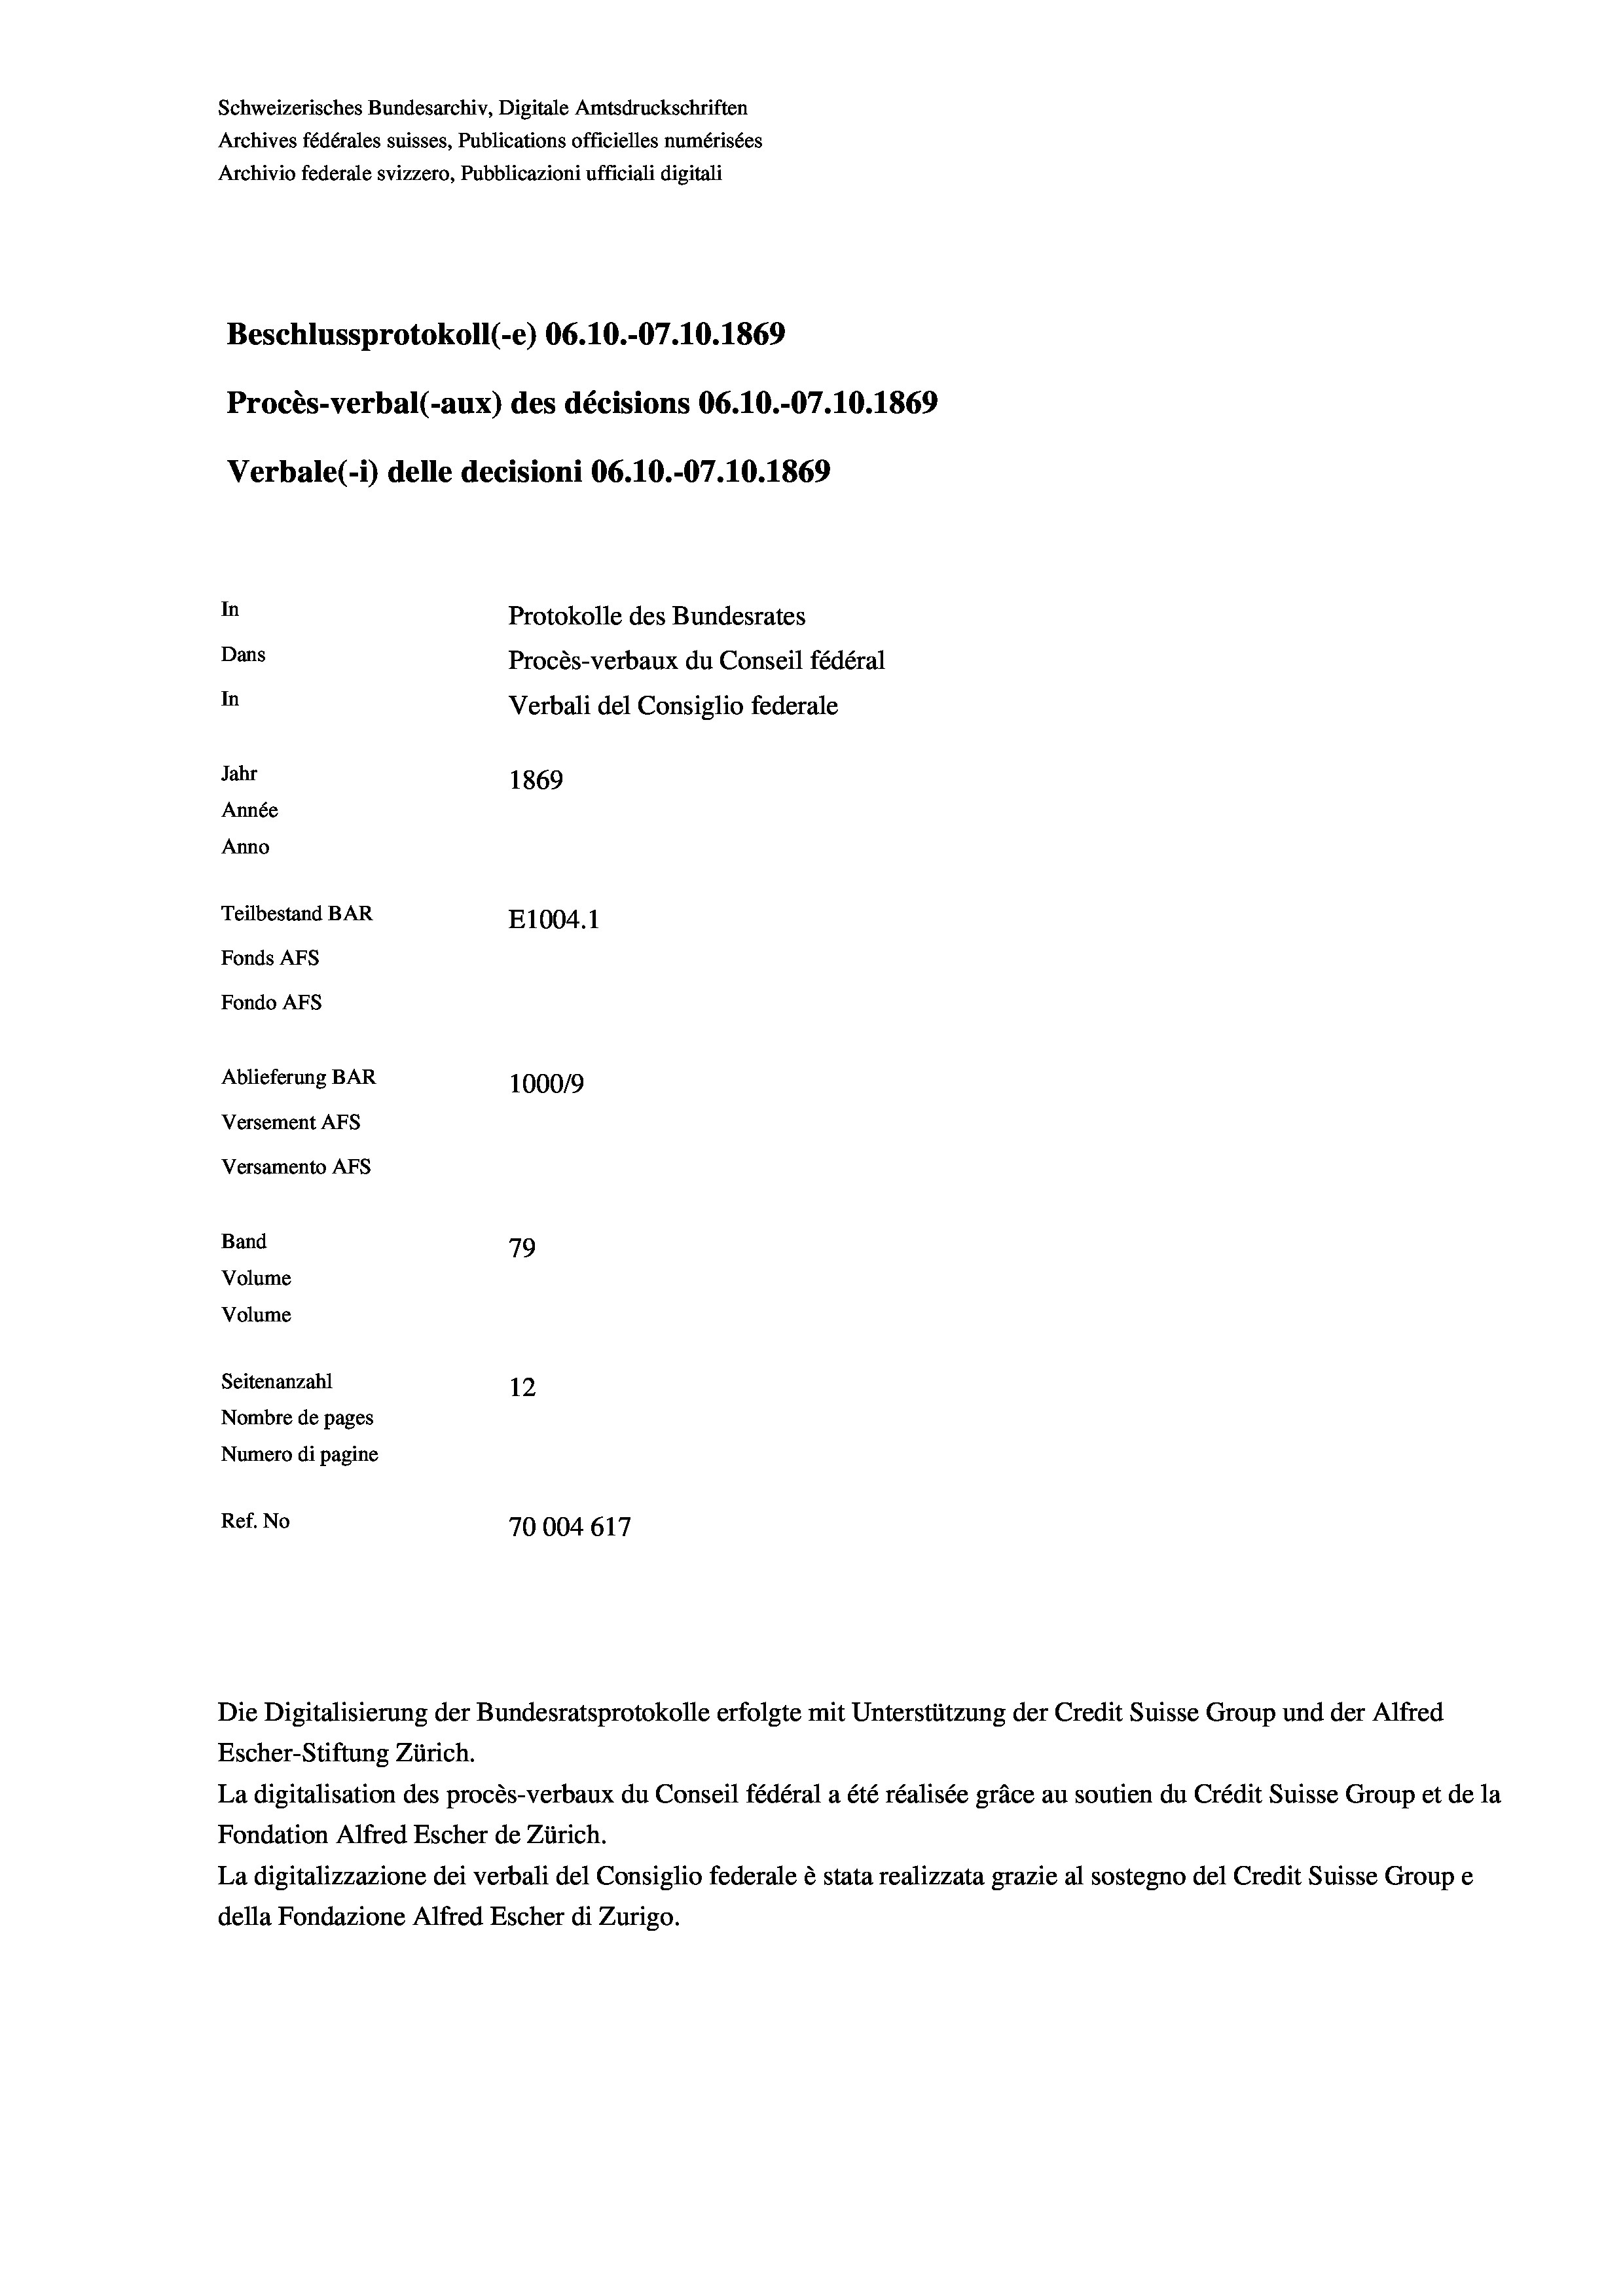
Beschlussprotokoll (-e) 06.10.-07.10.1869
Procès-verbal (-aux) des décisions 06.10.-07.10.1869
Verbale (- 1) delle decisioni 06.10.-07.10.1869
In
Protokolle des Bundesrates
Dans
Procès-verbaux du Conseil fédéral
In
Verbali del Consiglio federale
Jahr
1869
Année
Anno
Teilbestand BAR
E1004.1
Fonds AFs
Fondo AFs
Ablieferung BAR
1000/9
Versement As

Versamento AFs
Band
Volume
Volume

79
Seitenanzahl
12
Nombre de pages
Numero di pagine
Ref. No
70004617

Schweizerisches Bundesarchiv, Digitale Amtsdruckschriften
Archives fédérales suisses, Publications officielles numérisées

Archivio federale svizzero, Pubblicazioni ufficiali digitali

Die Digitalisierung der Bundesratsprotokolle erfolgte mit Unterstützung der Credit Suisse Group und der Alfred
Escher-Stiftung Zürich.
La digitalisation des procès-verbaux du Conseil fédéral a été réalisée gräce au soutien du Crédit Suisse Group et de la
Fondation Alfred Escher de Zürich.
La digitalizzazione dei verbali del Consiglio federale è stata realizzata grazie al sostegno del Credit Suisse Groupe
della Fondazione Alfred Escher di Zurigo.